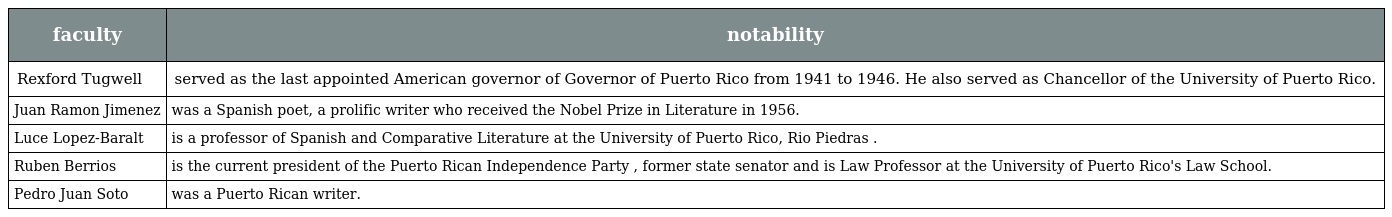
| faculty | notability |
 | --- | --- |
 | Rexford Tugwell | served as the last appointed American governor of Governor of Puerto Rico from 1941 to 1946. He also served as Chancellor of the University of Puerto Rico. |
 | Juan Ramon Jimenez | was a Spanish poet, a prolific writer who received the Nobel Prize in Literature in 1956. |
 | Luce Lopez-Baralt | is a professor of Spanish and Comparative Literature at the University of Puerto Rico, Rio Piedras . |
 | Ruben Berrios | is the current president of the Puerto Rican Independence Party , former state senator and is Law Professor at the University of Puerto Rico's Law School. |
 | Pedro Juan Soto | was a Puerto Rican writer. |